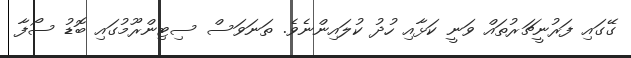
ގޭގައި ފަރުނީޗަރުތައް ވަނީ ކަޅާއި ހުދު ކުލައިންނެވެ. ތަނަވަސް ސިޓިންރޫމުގައި ބޮޑު ސޯފާ